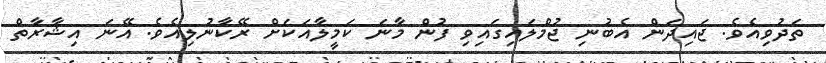
ތަދުވިއެވެ. ޖައިދަން އެބުނި ޖުމްލައިގައިވި ފުން މާނަ ކަމީލާއަކަށް ރޭކާނުލިއެވެ. އޭނަ އިޝާރާތް